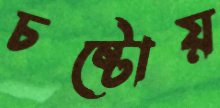
চষ্টোয়